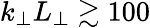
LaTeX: k_{\perp}L_{\perp}\gtrsim 100